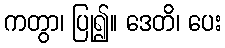
ကတွာ၊ ပြု၍။ ဒေတိ၊ ပေး